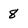
Character: 8